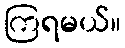
ကြရမယ်။